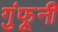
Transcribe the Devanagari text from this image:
गुंफूनी